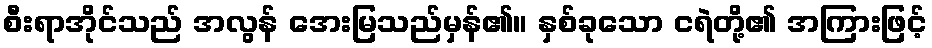
စီးရာအိုင်သည် အလွန် အေးမြသည်မှန်၏။ နှစ်ခုသော ငရဲတို့၏ အကြားဖြင့်